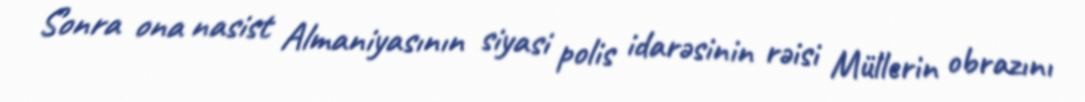
Sonra ona nasist Almaniyasının siyasi polis idarəsinin rəisi Müllerin obrazını